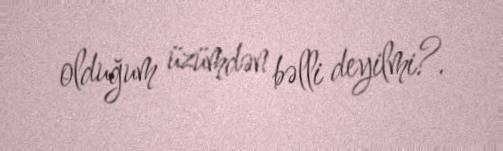
olduğum üzümdən bəlli deyilmi?.